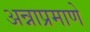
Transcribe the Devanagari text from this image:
अन्नाप्रमाणे